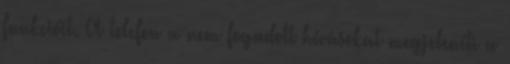
funkcióit. A telefon a nem fogadott hívásokat megjeleníti a